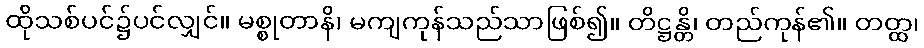
ထိုသစ်ပင်၌ပင်လျှင်။ မစ္စုတာနိ၊ မကျကုန်သည်သာဖြစ်၍။ တိဋ္ဌန္တိ၊ တည်ကုန်၏။ တတ္ထ၊